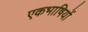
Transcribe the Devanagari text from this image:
एकभाषियों